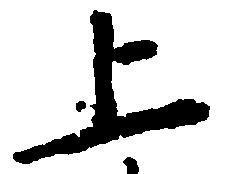
上